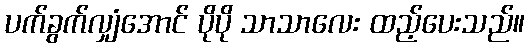
ပက်ခွက်လျှံအောင် ပိုပို သာသာလေး ထည့်ပေးသည်။